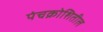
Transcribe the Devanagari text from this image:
पंचक्रोशितील